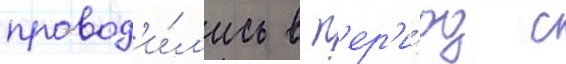
провод'и́л'ись в п'ер'и́од с